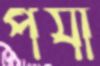
পর্যা